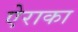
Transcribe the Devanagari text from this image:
ऐराका